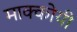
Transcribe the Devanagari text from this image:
माक्कोयी